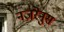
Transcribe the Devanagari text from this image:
नज़रेनुस